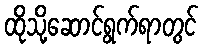
ထိုသို့ဆောင်ရွက်ရာတွင်